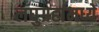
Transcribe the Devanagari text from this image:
लघुग्रहांमध्ये